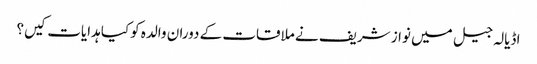
اڈیالہ جیل میں نواز شریف نے ملاقات کے دوران والدہ کوکیا ہدایات کیں؟